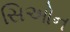
સિઓન